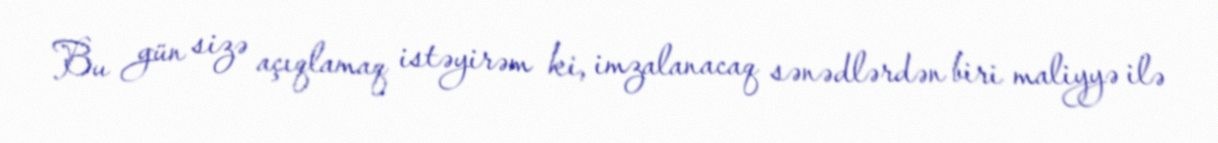
Bu gün sizə açıqlamaq istəyirəm ki, imzalanacaq sənədlərdən biri maliyyə ilə